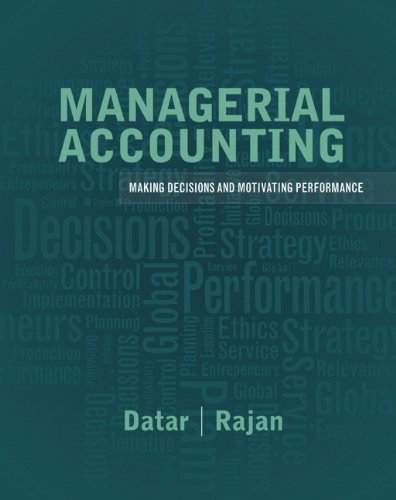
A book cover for Managerial Accounting: Decision Making and Motivating Performance; Srikant M. Datar; Business & Money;